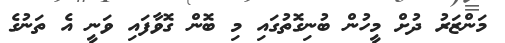
މަންޒަރު ދުށް މީހުން ބުނިގޮތުގައި މި ބޮން ގޮވާފައި ވަނީ އެ ތަނުގެ